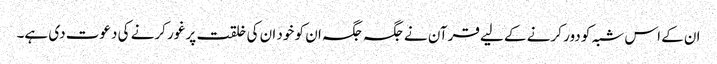
ان کے اس شبہ کو دور کرنے کے لیے قرآن نے جگہ جگہ ان کو خود ان کی خلقت پر غور کرنے کی دعوت دی ہے۔